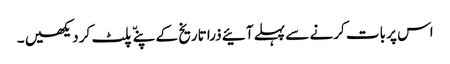
اس پر بات کرنے سے پہلے آئیے ذرا تاریخ کے پنےّ پلٹ کر دیکھیں ۔